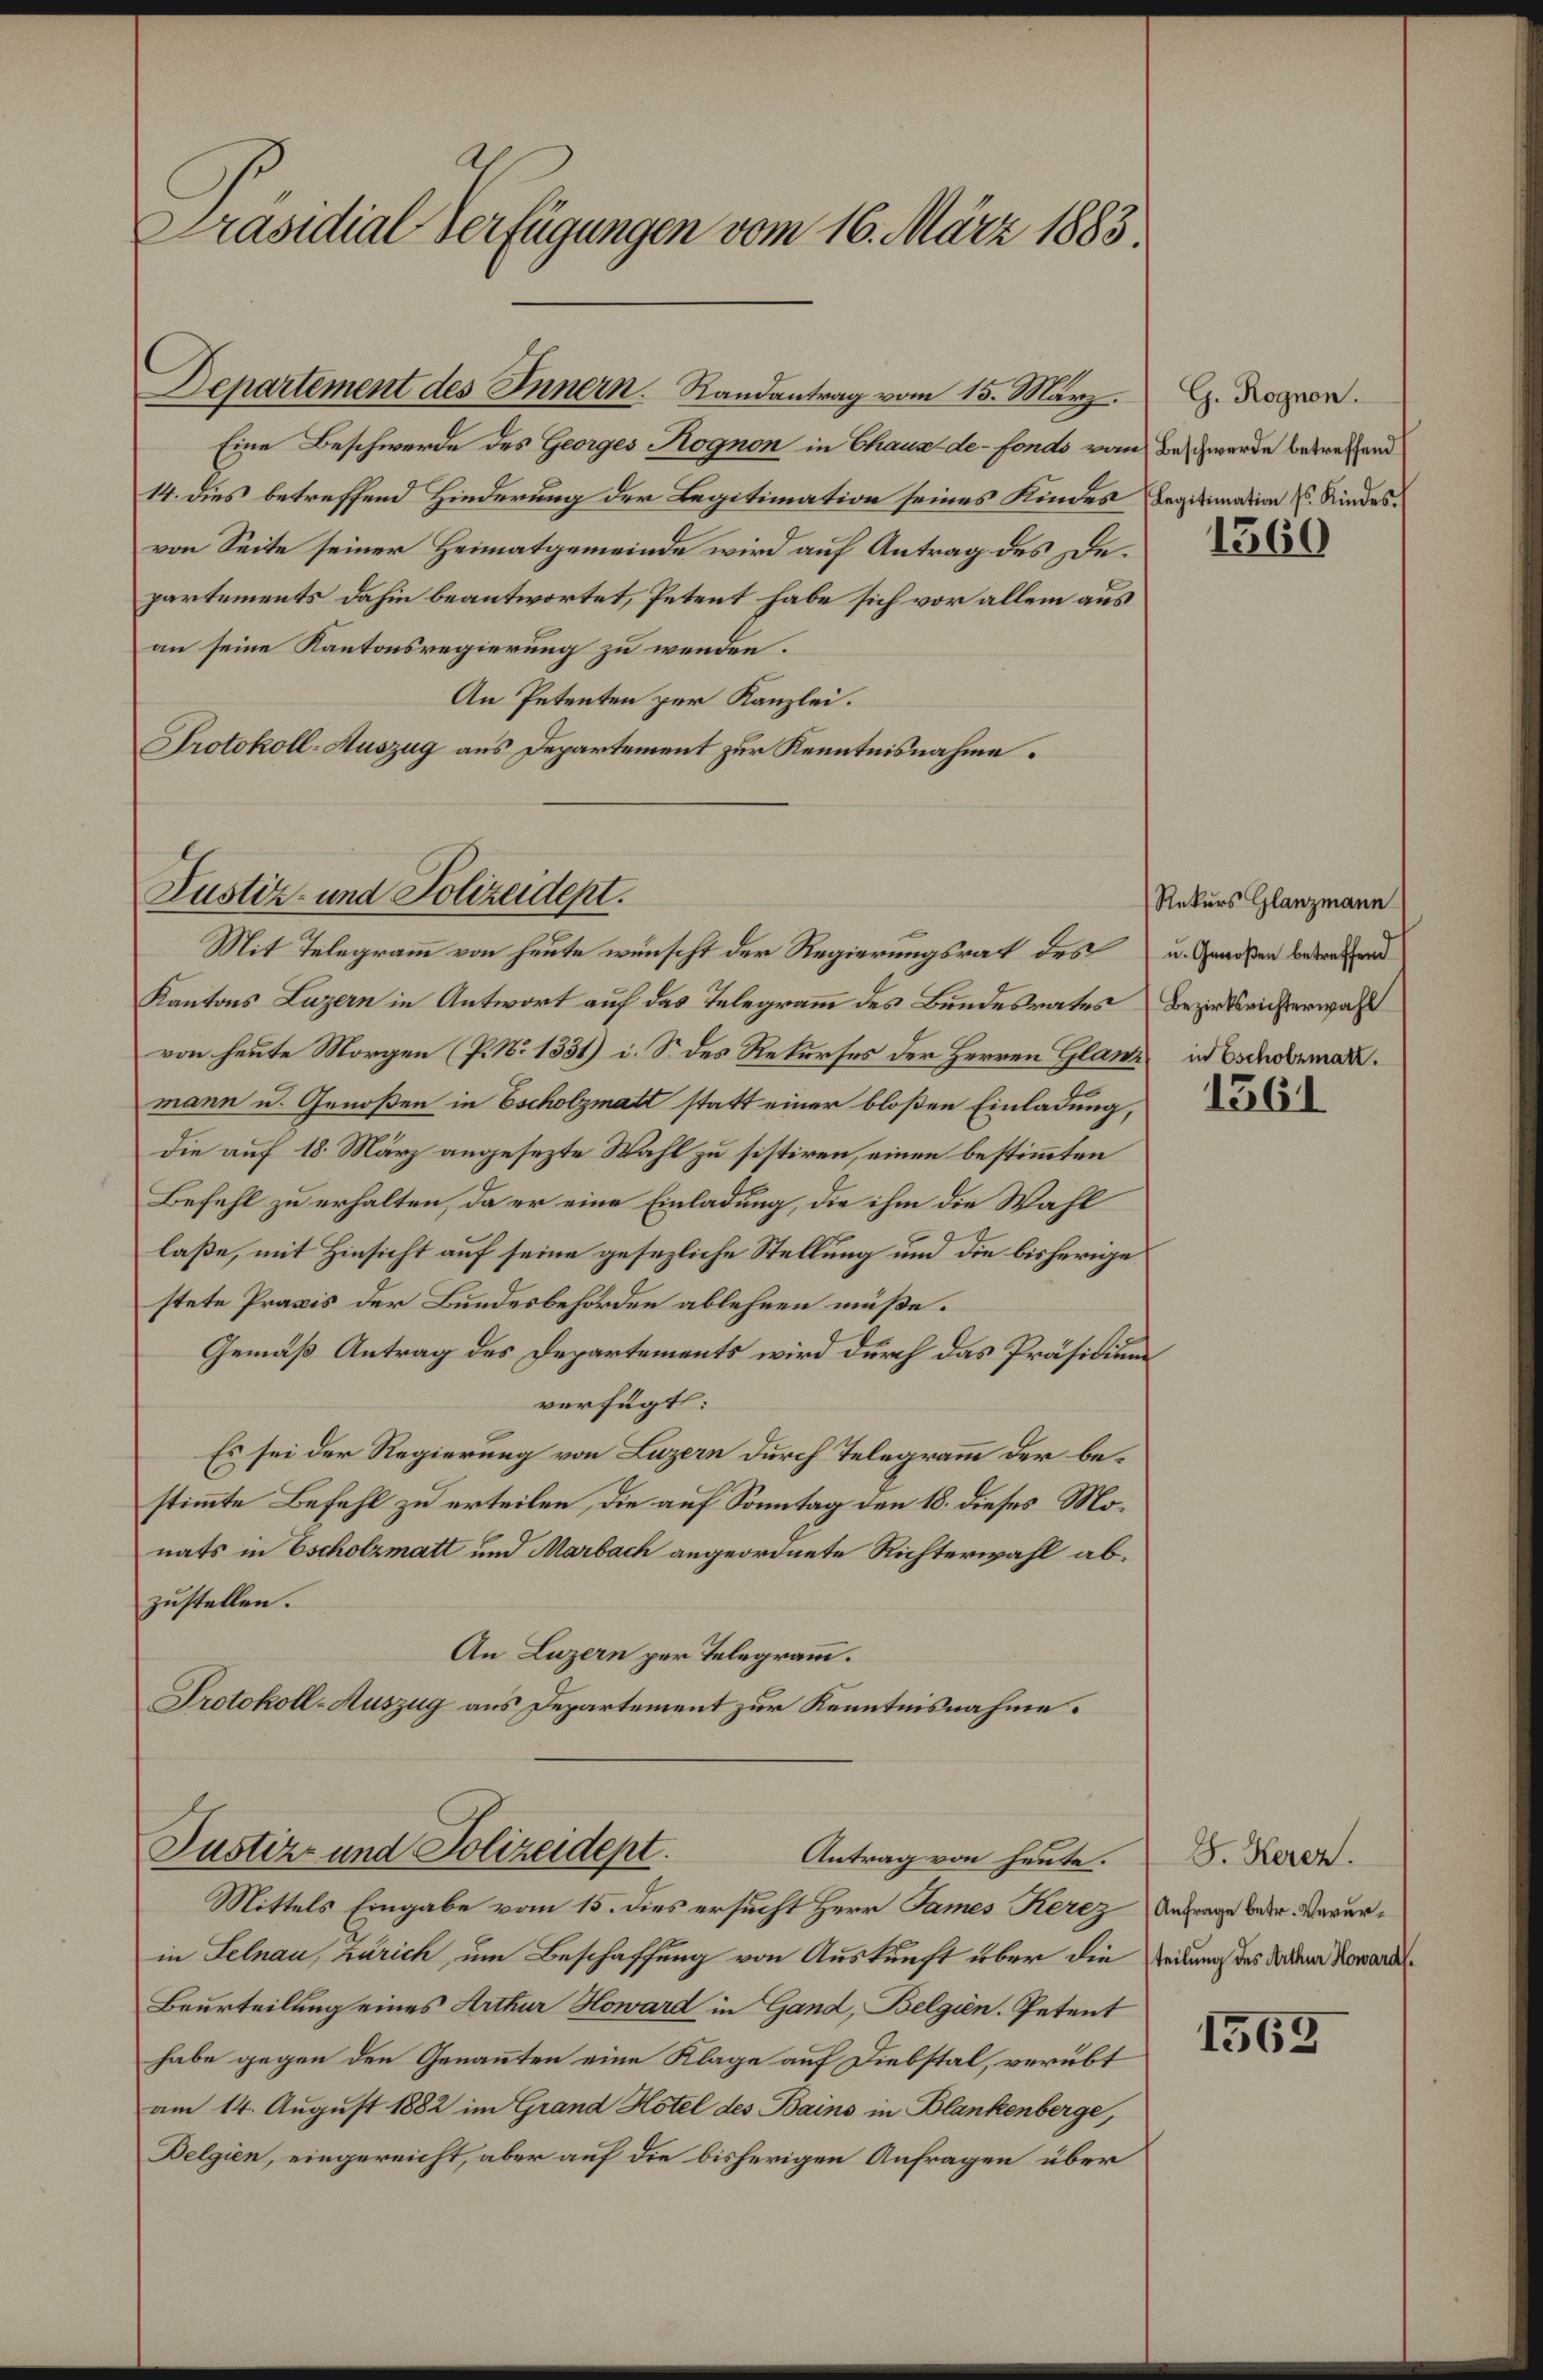
Präsidial Verfügungen vom 16. März 1883.

Eine Beschwerde des Georges Rognon in Chaux-de-Fonds vom Beschwerde betreffend
14. dies betreffend Hinderung der Legitimation seines Kindes Legitimation u. Kindesvon Seite seiner Heimatgemeinde wird auf Antrag des Departements dahin beantwortet, Petent habe sich vor allem aus
an seine Kantonsregierung zu wenden.
An Petenten zur Kanzlei.
Protokoll-Auszug aus Departement zur Kenntnisnahme.

Mit Telegramm von heute wünscht der Regierungsrat des u. Genoßen betreffend
Kantons Luzern in Antwort auf das Telegramm des Bundesrates Bezirksrichterwahl
von heute Morgen (P. No 1331) i. S. des Rekurses der Herren Glanz in Eschemal.
mann u. Genoßen in Escholzmatt statt einer bloßen Einladung,
die auf 18. März angesezte Wahl zu sistiren, einen bestimmten
Befehl zu erhalten, da er eine Einladung, die ihm die Wahl
laße, mit Hinsicht auf seine gesezliche Stellung und die bisherige
stete Praxis der Bundesbehörden ablehnen müße.
Gemäß Antrag des Departements wird durch das Präsidium
verfügt:
Es sei der Regierung von Luzern durch Telegramm der bestimmte Befehl zu erteilen, die auf Sonntag den 18. dieses Monats in Escholzmatt und Marbach angeordnete Richterwahl abzustellen.
An Luzern per Telegramm.
Protokoll-Auszug aus Departement zur Kenntnisnahme.

Departement des Innern. Randantrag vom 15. März. G. Rogen.

Justiz- und Polizeidept.

Justiz- und Polizeidept.
Antrag von heute.

Mittels Eingabe vom 15. dies ersucht Herr James Kerez Antrage der Verurin Selnau, Zürich, um Beschaffung von Auskunft über die Zeitung des da dem Nowarde¬
Beurteilung eines Arthur Howard in Gand, Belgien. Petent
habe gegen den Genannten eine Klage auf Diebstal, verübt
am 14. August 1882 im Grand Hotel des Bains in Blankenberge,
Delgien, eingereicht, aber auf die bisherigen Anfragen über

1560

Rekurs Glanzmann

1361

J. Kerez.

1563